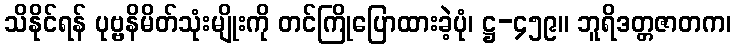
သိနိုင်ရန် ပုဗ္ဗနိမိတ်သုံးမျိုးကို တင်ကြိုပြောထားခဲ့ပုံ၊ ဋ္ဌ-၄၅၉။ ဘူရိဒတ္တဇာတက၊